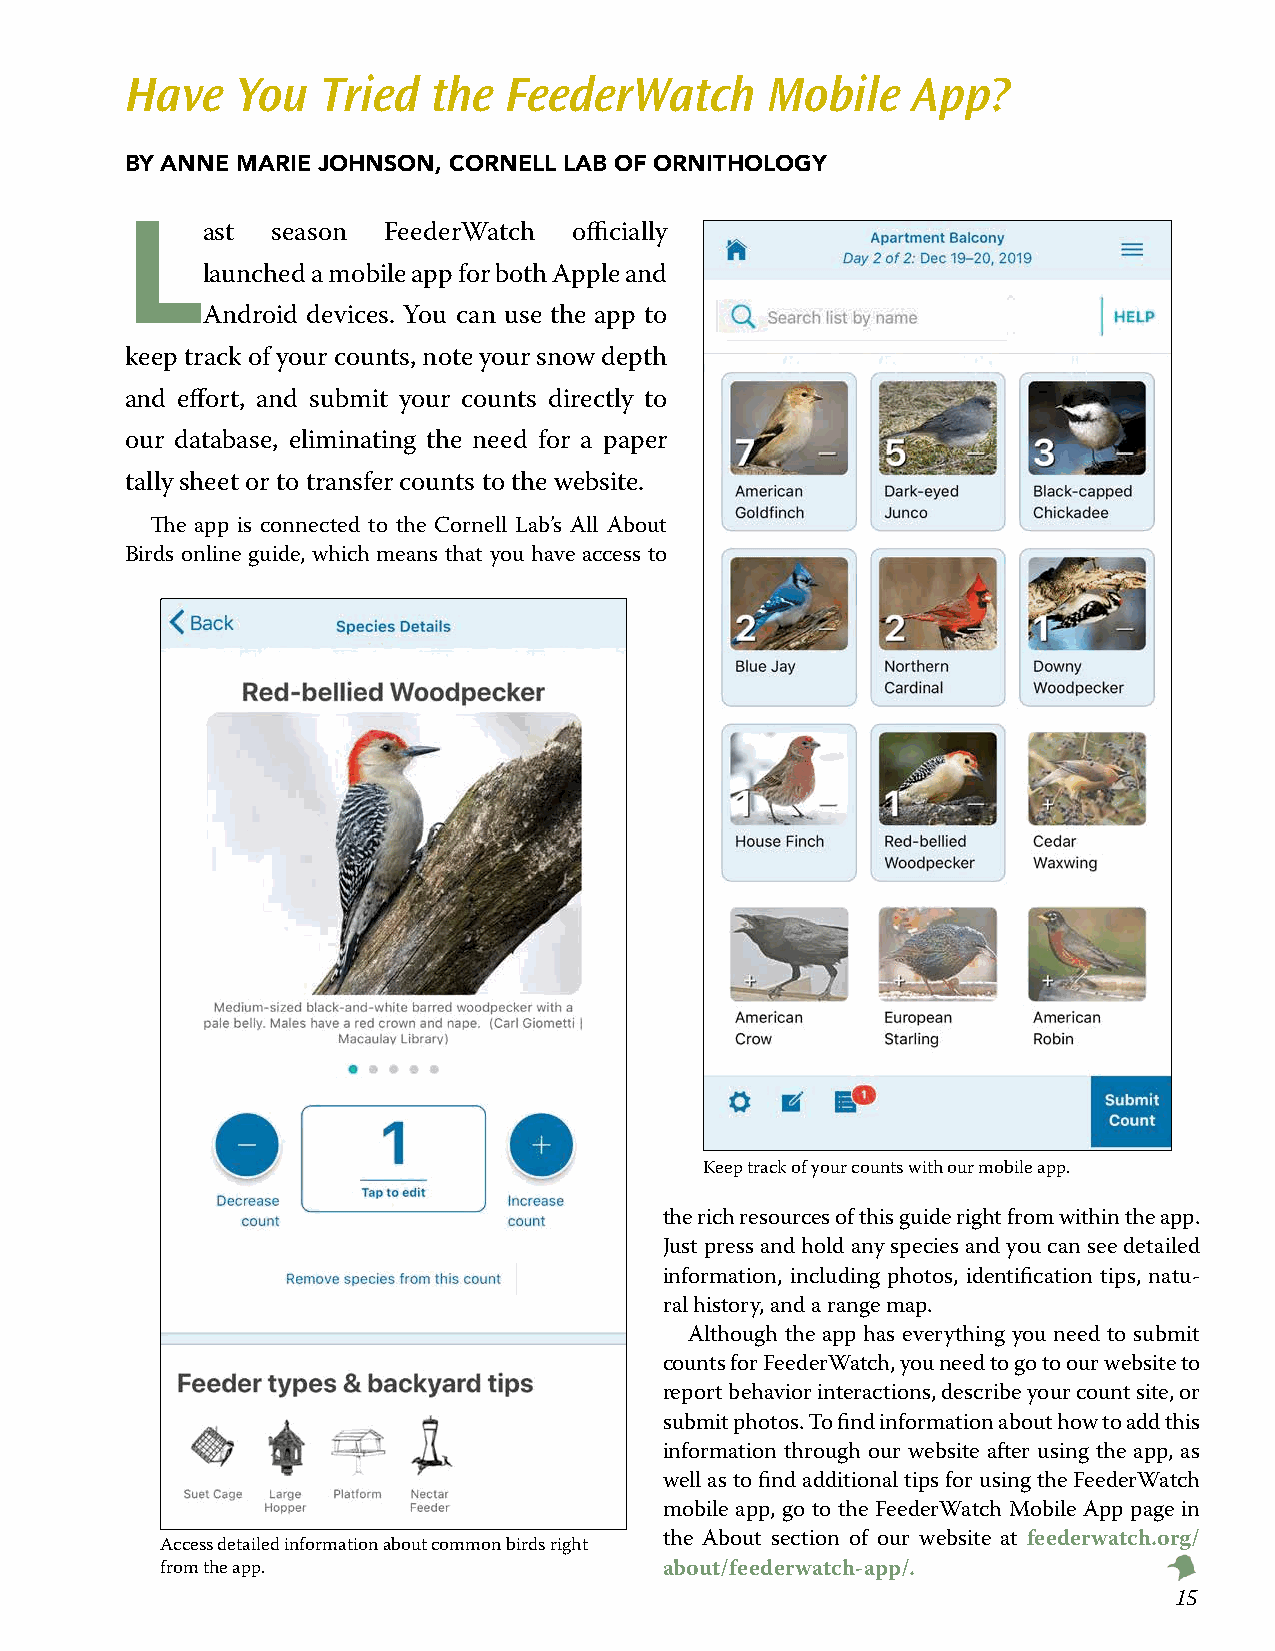
Have    You  Tried   the FeederWatch       Mobile   App?
 BY ANNE MARIE JOHNSON, CORNELL LAB OF ORNITHOLOGY
 L
 ast  season FeederWatch  officially
 launched a mobile app for both Apple and
 Android devices. You can use the app to
 keep track of your counts, note your snow depth
 and effort, and submit your counts directly to
 our database, eliminating the need for a paper
 tally sheet or to transfer counts to the website.
 The app is connected to the Cornell Lab’s All About
 Birds online guide, which means that you have access to
 Keep track of your counts with our mobile app.
 the rich resources of this guide right from within the app.
 Just press and hold any species and you can see detailed
 information, including photos, identification tips, natu-
 ral history, and a range map.
 Although the app has everything you need to submit
 counts for FeederWatch, you need to go to our website to
 report behavior interactions, describe your count site, or
 submit photos. To find information about how to add this
 information through our website after using the app, as
 well as to find additional tips for using the FeederWatch
 mobile app, go to the FeederWatch Mobile App page in
 Access detailed information about common birds right the About section of our website at feederwatch.org/
 from the app.                    about/feederwatch-app/.
 1155